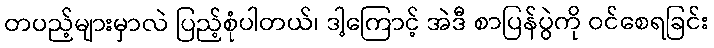
တပည့်များမှာလဲ ပြည့်စုံပါတယ်၊ ဒါ့ကြောင့် အဲဒီ စာပြန်ပွဲကို ဝင်စေရခြင်း